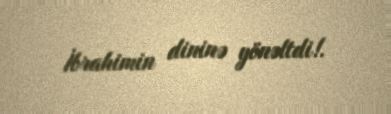
İbrahimin dininə yönəltdi!.